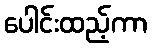
ပေါင်းထည့်ကာ